Report of the Bombay Plague Committee
Disease focus: Plague
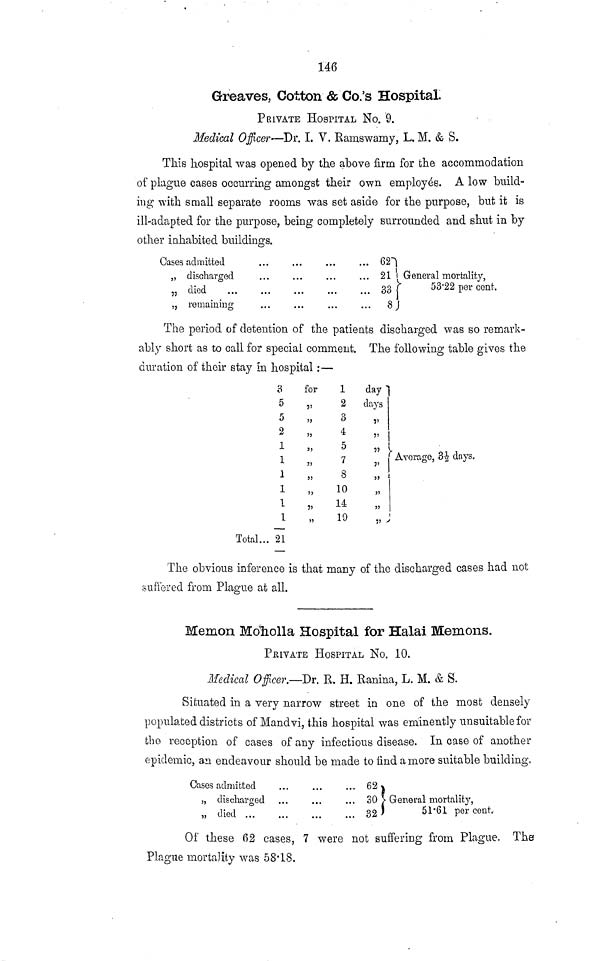
146
Greaves, Cotton & Co.'s Hospital.
PRIVATE HOSPITAL No. 9.
Medical Officer—Dr. I. V. Ramswamy, L. M. & S.
This hospital was opened by the above firm for the accommodation
of plague cases occurring amongst their own employés. A low build-
ing with small separate rooms was set aside for the purpose, but it is
ill-adapted for the purpose, being completely surrounded and shut in by
other inhabited buildings.
Cases admitted
„ discharged
„ died
„ remaining
...
62
...
21
...
33
...
8
General mortality,
53'22 per cent.
•
The period of detention of the patients discharged was so remark-
ably short as to call for special comment. The following table gives the
duration of their stay In hospital :—
Total...
3
5
5
2
1
1
1
1
1
1
21
for
,,,,
5)
55
3J
JJ
55
5>
55
J5
1
2
3
4
5
7
8
10
14
19
day
days
, • >
,,
1
»
,,
,,
Average, 31/2 days,
The obvious inference is that many of the discharged cases had not
suffered from Plague at all.
Memon Moholla Hospital for Halai Memons.
PRIVATE HOSPITAL No. 10.
Medical Officer.-—Dr. R. H. Ranina, L. M. & S.
Situated in a very narrow street in one of the most densely
populated districts of Mandvi, this hospital was eminently unsuitable for
the reception of cases of any infectious disease. In case of another
epidemic, an endeavour should be made to find a more suitable building,
Cases admitted
„ discharged
„ died ...
...
... 62
30
32
1
• General mortality,
51 '61 per cent.
Of these 62 cases, 7 were not suffering from Plague, The
Plague mortality was 58.18.